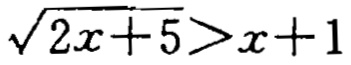
\(\sqrt{2x + 5}>x + 1\)